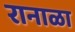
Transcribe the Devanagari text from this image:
रानाळा